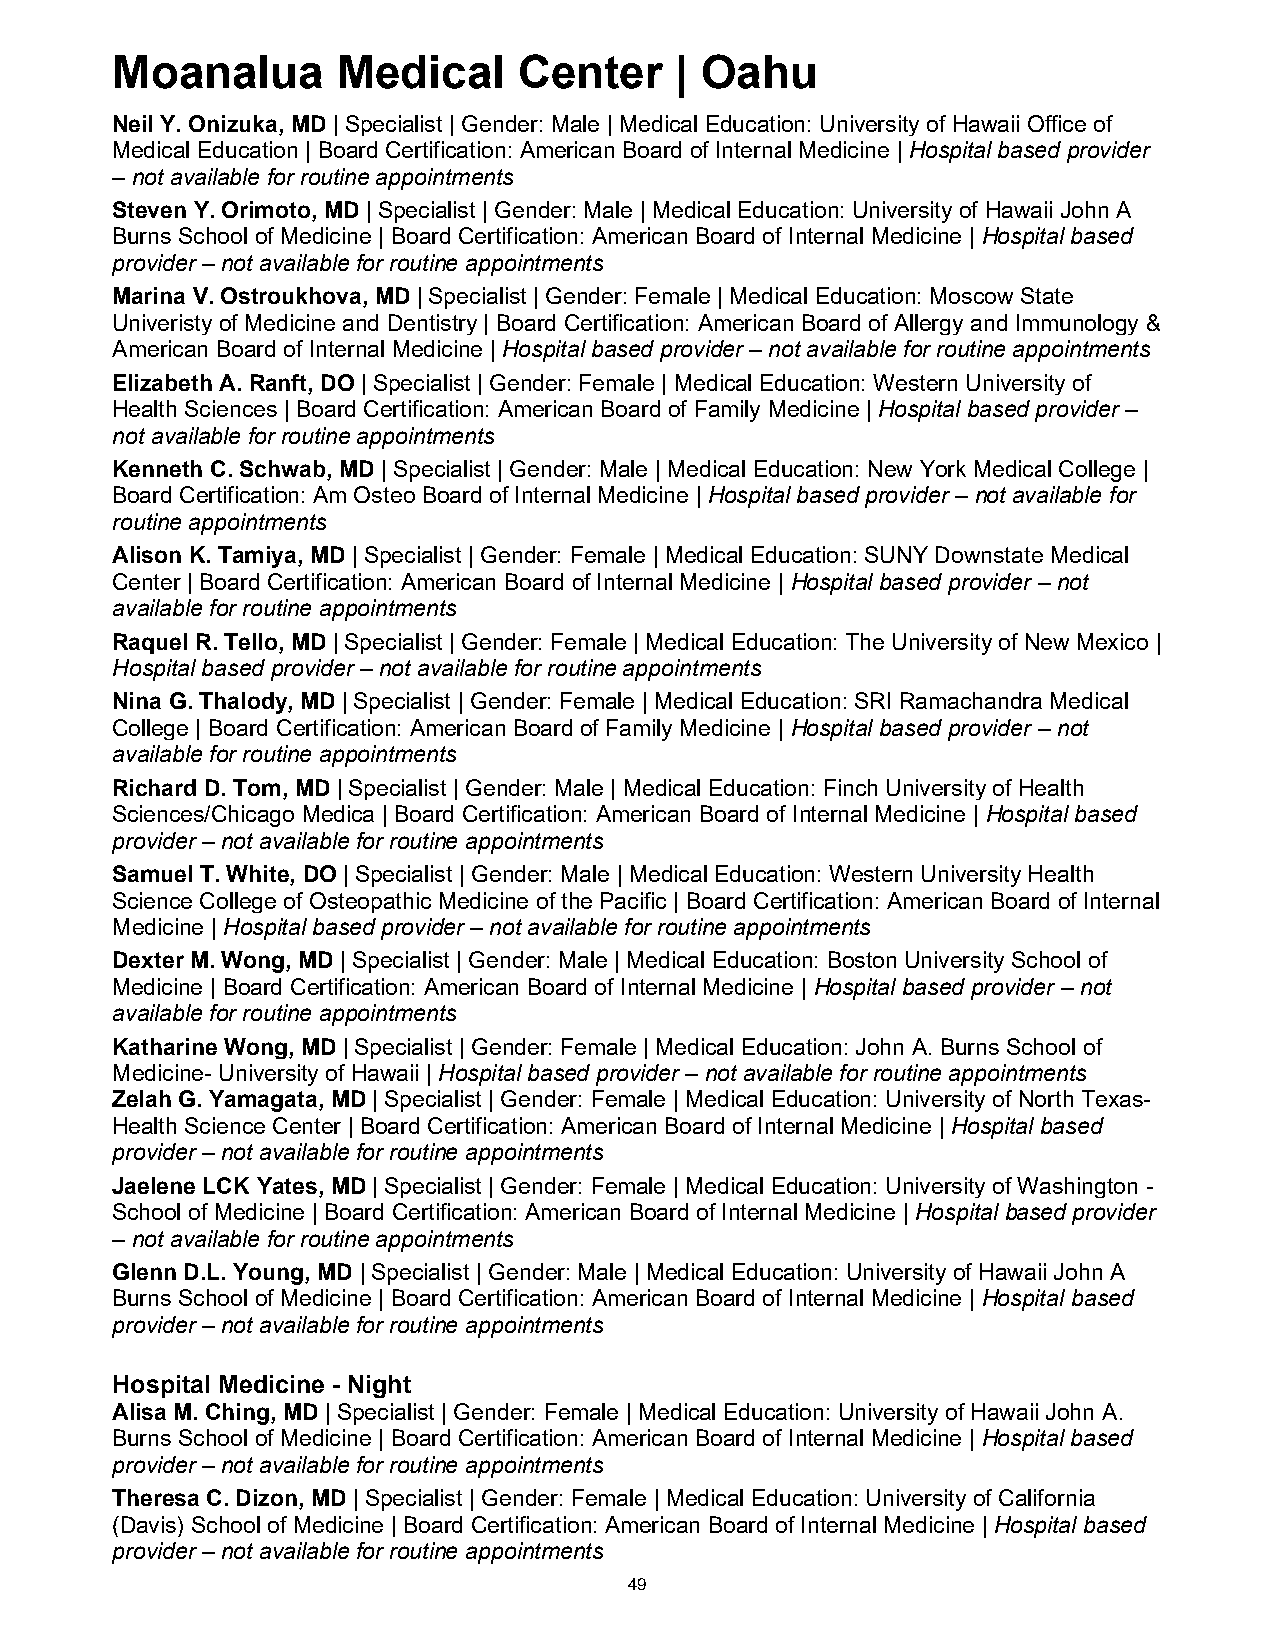
Moanalua       Medical     Center     | Oahu
 Neil Y. Onizuka, MD | Specialist | Gender: Male | Medical Education: University of Hawaii Office of
 Medical Education | Board Certification: American Board of Internal Medicine | Hospital based provider
 – not available for routine appointments
 Steven Y. Orimoto, MD | Specialist | Gender: Male | Medical Education: University of Hawaii John A
 Burns School of Medicine | Board Certification: American Board of Internal Medicine | Hospital based
 provider – not available for routine appointments
 Marina V. Ostroukhova, MD | Specialist | Gender: Female | Medical Education: Moscow State
 Univeristy of Medicine and Dentistry | Board Certification: American Board of Allergy and Immunology &
 American Board of Internal Medicine | Hospital based provider – not available for routine appointments
 Elizabeth A. Ranft, DO | Specialist | Gender: Female | Medical Education: Western University of
 Health Sciences | Board Certification: American Board of Family Medicine | Hospital based provider –
 not available for routine appointments
 Kenneth C. Schwab, MD | Specialist | Gender: Male | Medical Education: New York Medical College |
 Board Certification: Am Osteo Board of Internal Medicine | Hospital based provider – not available for
 routine appointments
 Alison K. Tamiya, MD | Specialist | Gender: Female | Medical Education: SUNY Downstate Medical
 Center | Board Certification: American Board of Internal Medicine | Hospital based provider – not
 available for routine appointments
 Raquel R. Tello, MD | Specialist | Gender: Female | Medical Education: The University of New Mexico |
 Hospital based provider – not available for routine appointments
 Nina G. Thalody, MD | Specialist | Gender: Female | Medical Education: SRI Ramachandra Medical
 College | Board Certification: American Board of Family Medicine | Hospital based provider – not
 available for routine appointments
 Richard D. Tom, MD | Specialist | Gender: Male | Medical Education: Finch University of Health
 Sciences/Chicago Medica | Board Certification: American Board of Internal Medicine | Hospital based
 provider – not available for routine appointments
 Samuel T. White, DO | Specialist | Gender: Male | Medical Education: Western University Health
 Science College of Osteopathic Medicine of the Pacific | Board Certification: American Board of Internal
 Medicine | Hospital based provider – not available for routine appointments
 Dexter M. Wong, MD | Specialist | Gender: Male | Medical Education: Boston University School of
 Medicine | Board Certification: American Board of Internal Medicine | Hospital based provider – not
 available for routine appointments
 Katharine Wong, MD | Specialist | Gender: Female | Medical Education: John A. Burns School of
 Medicine- University of Hawaii | Hospital based provider – not available for routine appointments
 Zelah G. Yamagata, MD | Specialist | Gender: Female | Medical Education: University of North Texas-
 Health Science Center | Board Certification: American Board of Internal Medicine | Hospital based
 provider – not available for routine appointments
 Jaelene LCK Yates, MD | Specialist | Gender: Female | Medical Education: University of Washington -
 School of Medicine | Board Certification: American Board of Internal Medicine | Hospital based provider
 – not available for routine appointments
 Glenn D.L. Young, MD | Specialist | Gender: Male | Medical Education: University of Hawaii John A
 Burns School of Medicine | Board Certification: American Board of Internal Medicine | Hospital based
 provider – not available for routine appointments
 Hospital Medicine - Night
 Alisa M. Ching, MD | Specialist | Gender: Female | Medical Education: University of Hawaii John A.
 Burns School of Medicine | Board Certification: American Board of Internal Medicine | Hospital based
 provider – not available for routine appointments
 Theresa C. Dizon, MD | Specialist | Gender: Female | Medical Education: University of California
 (Davis) School of Medicine | Board Certification: American Board of Internal Medicine | Hospital based
 provider – not available for routine appointments
 49